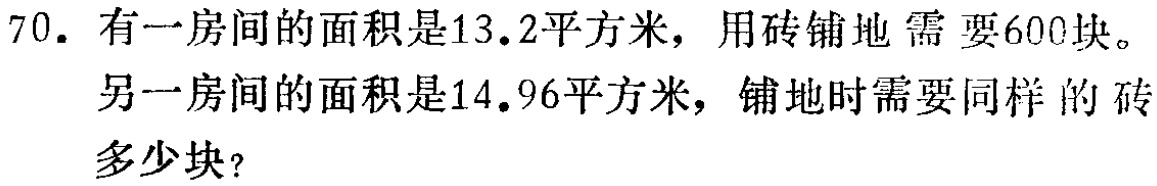
70. 有一房间的面积是13.2平方米，用砖铺地需要600块。
另一房间的面积是14.96平方米，铺地时需要同样的砖
多少块？